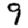
Digit: 9